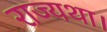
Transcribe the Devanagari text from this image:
राज्यथा।